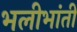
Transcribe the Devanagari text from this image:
भलीभांती